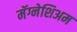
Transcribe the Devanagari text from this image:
मॅग्नेशिअम